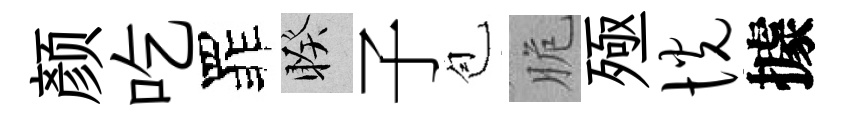
颜吃罪睽子苞脆殛恍據